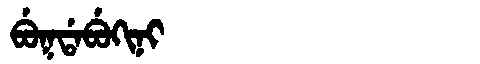
Manchu: ᠪᡠᡴᡩᠠᠪᡠᡴᡳᠨᡳ
Romanization: BUKDABUKINI